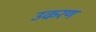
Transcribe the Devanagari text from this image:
उकरण